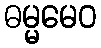
ဓမ္မမေဝ